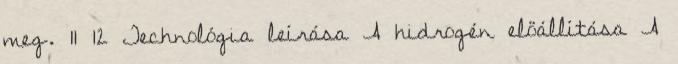
meg. 11 12 Technológia leírása A hidrogén előállítása A